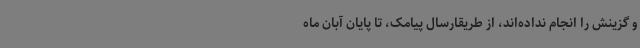
و گزینش را انجام نداده‌اند، از طریقارسال پیامک، تا پایان آبان ماه